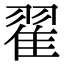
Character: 翟